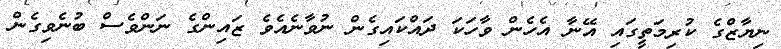
ނިޔާޒްގެ ކުރިމަތީގައި އޭނާ އެހެން ވާހަކަ ދައްކައިގެން ނުވާނެއެވެ ޒައިންގެ ނަންވެސް ބުނެވިގެން